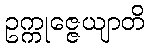
ဥက္ကုဇ္ဇေယျာတိ